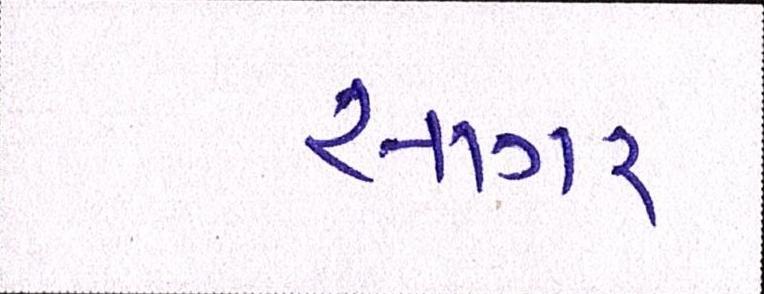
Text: સાગર